Report of the Indian Hemp Drugs Commission, 1894-1895 - Volume V
Year: 1894
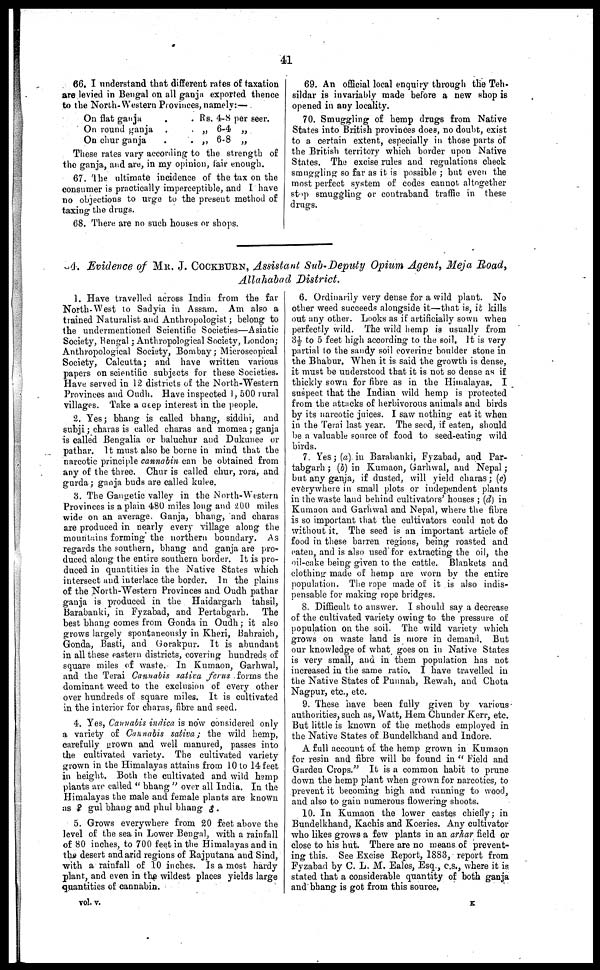
41
66. I understand that different rates of taxation
are levied in Bengal on all ganja exported thence
to the North-Western Provinces, namely:—
On flat ganja .
On round ganja .
On chur ganja .
. Rs. 4-8 per seer.
. „ 6-4 „
. „ 6-8 „
These rates vary according to the strength of
the ganja, and are, in my opinion, fair enough.
67. The ultimate incidence of the tax on the
consumer is practically imperceptible, and I have
no objections to urge to the present method of
taxing the drugs.
68. There are no such houses or shops.
69. An official local enquiry through the Teh-
sildar is invariably made before a new shop is
opened in any locality.
70. Smuggling of hemp drugs from Native
States into British provinces does, no doubt, exist
to a certain extent, especially in those parts of
the British territory which border upon Native
States. The excise rules and regulations check
smuggling so far as it is possible ; but even the
most perfect system of codes cannot altogether
stop smuggling or contraband traffic in these
drugs.
4. Evidence of MR. J. COCKBURN, Assistant Sub-Deputy Opium Agent, Meja Road,
Allahabad District.
1. Have travelled across India from the far
North-West to Sadyia in Assam. Am also a
trained Naturalist and Anthropologist ; belong to
the undermentioned Scientific Societies—Asiatic
Society, Bengal ; Anthropological Society, London;
Anthropological Society, Bombay ; Microscopical
Society, Calcutta; and have written various
papers on scientific subjects for these Societies.
Have served in 12 districts of the North-Western
Provinces and Oudh. Have inspected 1, 500 rural
villages. Take a deep interest in the people.
2. Yes ; bhang is called bhang, siddhi, and
subji ; charas is called charas and momea ; ganja
is called Bengalia or baluchur and Dukunee or
pathar. It must also be borne in mind that the
narcotic principle cannabin can be obtained from
any of the three. Chur is called chur, rora, and
gurda ; ganja buds are called kulee.
3. The Gangetic valley in the North-Western
Provinces is a plain 480 miles long and 200 miles
wide on an average, Ganja, bhang, and charas
are produced in nearly every village along the
mountains forming the northern boundary. As
regards the southern, bhang and ganja are pro
duced along the entire southern border. It is pro
duced in quantities in the Native States which
intersect and interlace the border. In the plains
of the North-Western Provinces and Oudh pathar
ganja is produced in the Haidargarh tahsil,
Barabanki, in Fyzabad, and Pertabgarh.
The
best bhang comes from Gonda in Oudh; it also
grows largely spontaneously in Kheri, Bahraich,
Gonda, Basti, and Gorakpur. It is abundant
in all these eastern districts, covering hundreds of
square miles of waste. In Kumaon, Garhwal,
and the Terai Cannabis sativa ferus forms the
dominant weed to the exclusion of every other
over hundreds of square miles. It is cultivated
in the interior for charas, fibre and seed.
4. Yes, Cannabis indica is now considered only
a variety of Cannabis sativa; the wild hemp,
carefully grown and well manured, passes into
the cultivated variety. The cultivated variety
grown in the Himalayas attains from 10 to 14 feet
in height. Both the cultivated and wild hemp
plants are called "bhang" over all India. In the
Himalayas the male and female plants are known
as ♀ gul bhang and phul bhang ♂.
5. Grows everywhere from 20 feet, above the
level of the sea in Lower Bengal, with a rainfall
of 80 inches, to 700 feet in the Himalayas and in
the desert and arid regions of Rajputana and Sind,
with a rainfall of 10 inches. Is a most hardy
plant, and even in the wildest places yields large
quantities of cannabin.
6. Ordinarily very dense for a wild plant. No
other weed succeeds alongside it—that is, it kills
out any other. Looks as if artificially sown when
perfectly wild. The wild hemp is usually from
3½ to 5 feet high according to the soil. It is very
partial to the sandy soil covering boulder stone in
the Bhabur. When it is said the growth is dense,
it must be understood that it is not so dense as if
thickly sown for fibre as in the Himalayas. I
suspect that the Indian wild hemp is protected
from the attacks of herbivorous animals and birds
by its narcotic juices. I saw nothing eat it when
in the Terai last year. The seed, if eaten, should
be a valuable source of food to seed-eating wild
birds.
7. Yes ; (a) in Barabanki, Fyzabad, and Par-
tabgarh ; (b) in Kumaon, Garhwal, and Nepal ;
but any ganja, if dusted, will yield charas ; (c)
everywhere in small plots or independent plants
in the waste land behind cultivators' houses ; (d) in
Kumaon and Garhwal and Nepal, where the fibre
is so important that the cultivators could not do
without it. The seed is an important article of
food in these barren regions, being roasted and
caten, and is also used for extracting the oil, the
oil-cake being given to the cattle. Blankets and
clothing made of hemp are worn by the entire
population. The rope made of it is also indis
pensable for making rope bridges.
8. Difficult to answer. I should say a decrease
of the cultivated variety owing to the pressure of
population on the soil. The wild variety which
grows on waste land is more in demand. But
our knowledge of what goes on in Native States
is very small, and in them population has not
increased in the same ratio, I have travelled in
the Native States of Punnah, Rewah, and Chota
Nagpur, etc., etc.
9. These have been fully given by various
authorities, such as, Watt, Hem Chunder Kerr, etc.
But little is known of the methods employed in
the Native States of Bundelkhand and Indore.
A full account of the hemp grown in Kumaon
for resin and fibre will be found in "Field and
Garden Crops." It is a common habit to prune
down the hemp plant when grown for narcotics, to
prevent it becoming high and running to wood,
and also to gain numerous flowering shoots.
10. In Kumaon the lower castes chiefly; in
Bundelkhand, Kachis and Koeries. Any cultivator
who likes grows a few plants in an arhar field or
close to his hut. There are no means of prevent
ing this. See Excise Report, 1883, report from
Fyzabad by C. L. M. Eales, Esq., c.s., where it is.
stated that a considerable quantity of both ganja
and bhang is got from this source,
vol. v.
K